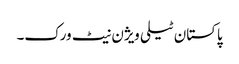
پاکستان ٹیلی ویژن نیٹ ورک۔